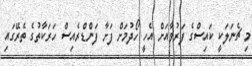
މި ޗެނަލަކީ ކައިސްގެ ފަރުވާއަށް އެހީ ހޯދުމަށް ފަށާ ފަންޑްރެއިސް ހަރަކާތުގެ ތެރޭގައި